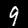
Label: 9